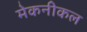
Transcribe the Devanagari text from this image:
मेकनीकल